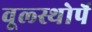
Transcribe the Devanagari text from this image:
वूल्स्थोर्पे